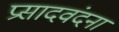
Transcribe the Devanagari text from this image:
प्रसादवंदना